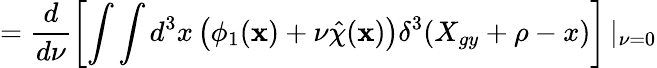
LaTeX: =\frac{d}{d\nu}\left[\int\int d^{3}x\left(\phi_{1}(\textbf{x})+\nu\hat{\chi}(\textbf{x})\right)\delta^{3}(X_{gy}+\rho-x)\right]\left|_{\nu=0}\right.